Code of medical and sanitary regulations for the guidance of medical officers serving in the Madras Presidency - Volume I
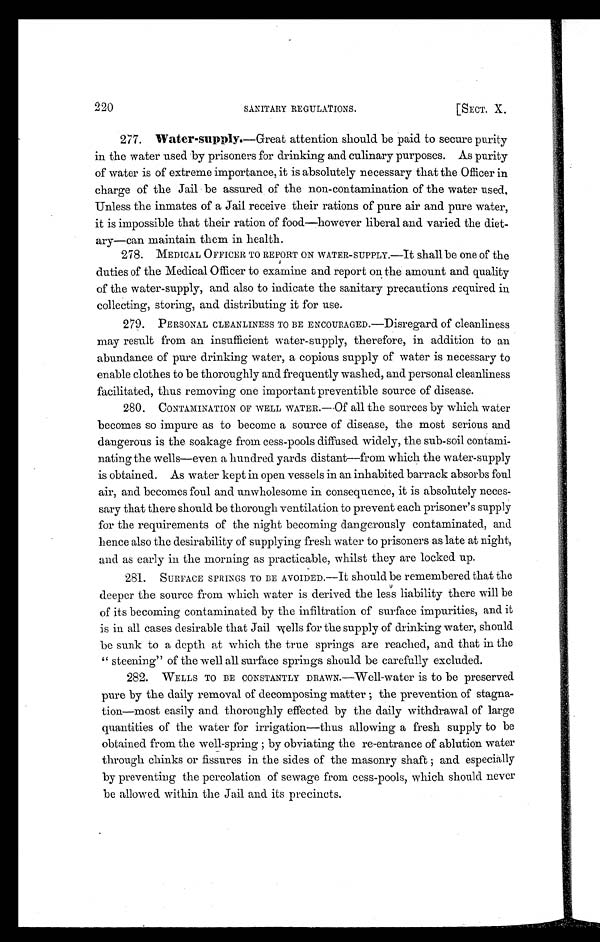
2 2 0
S A N I T A R Y R E G U L A T I O N S .
[ S E C T . X .
277. Water-supply.—Great attention should be paid to secure purity
in the water used by prisoners for drinking and culinary purposes. As purity
of water is of extreme importance, it is absolutely necessary that the Officer in
charge of the Jail be assured of the non-contamination of the water used.
Unless the inmates of a Jail receive their rations of pure air and pure water,
it is impossible that their ration of food—however liberal and varied the diet-
ary—can maintain them in health.
2 7 8 . M E D I C A L O F F I C E R T O R E P O R T O N W A T E R - S U P P L Y . — I ts
h a l l b e o n e o f t h e
duties of the Medical Officer to examine and report on the amount and quality
of the water-supply, and also to indicate the sanitary precautions required in
collecting, storing, and distributing it for use.
279. PERSONAL CLEANLINESS TO BE ENCOURAGED.—Disregard of cleanliness
may result from an insufficient water-supply, therefore, in addition to an
abundance of pure drinking water, a copious supply of water is necessary to
enable clothes to be thoroughly and frequently washed, and personal cleanliness
facilitated, thus removing one important preventible source of disease.
280. CONTAMINATION OF WELL WATER.—Of all the sources by which water
becomes so impure as to become a source of disease, the most serious and
dangerous is the soakage from cess-pools diffused widely, the sub-soil contami-
nating the wells—even a hundred yards distant—from which the water-supply
is obtained. As water kept in open vessels in an inhabited barrack absorbs foul
air, and becomes foul and unwholesome in consequence, it is absolutely neces-
sary that there should be thorough ventilation to prevent each prisoner's supply
for the requirements of the night becoming dangerously contaminated, and
hence also the desirability of supplying fresh water to prisoners as late at night,
and as early in the morning as practicable, whilst they are locked up.
281. SURFACE SPRINGS TO BE AVOIDED.—It should be remembered that the
deeper the source from which water is derived the less liability there will be
of its becoming contaminated by the infiltration of surface impurities, and it
is in all cases desirable that Jail wells for the supply of drinking water, should
be sunk to a depth at which the true springs are reached, and that in the
" steening" of the well all surface springs should be carefully excluded.
282. WELLS TO BE CONSTANTLY DRAWN.—Well-water is to be preserved
pure by the daily removal of decomposing matter ; the prevention of stagna-
tion—most easily and thoroughly effected by the daily withdrawal of large
quantities of the water for irrigation—thus allowing a fresh supply to be
obtained from the well-spring ; by obviating the re-entrance of ablution water
through chinks or fissures in the sides of the masonry shaft ; and especially
by preventing the percolation of sewage from cess-pools, which should never
be allowed within the Jail and its precincts.